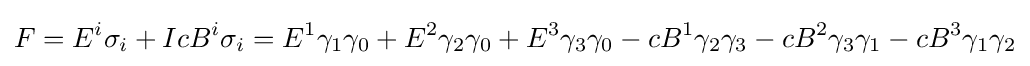
F=E^{i}\sigma _{i}+IcB^{i}\sigma _{i}=E^{1}\gamma _{1}\gamma _{0}+E^{2}\gamma _{2}\gamma _{0}+E^{3}\gamma _{3}\gamma _{0}-cB^{1}\gamma _{2}\gamma _{3}-cB^{2}\gamma _{3}\gamma _{1}-cB^{3}\gamma _{1}\gamma _{2}